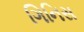
ગિનિસ